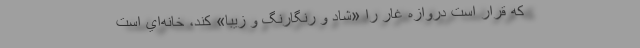
كه قرار است دروازه غار را «شاد و رنگارنگ و زيبا» كند، خانه‌اي است